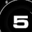
Digit: 5